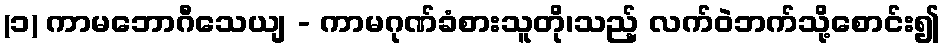
(၁) ကာမဘောဂီသေယျ - ကာမဂုဏ်ခံစားသူတို၊သည့် လက်ဝဲဘက်သို့စောင်း၍